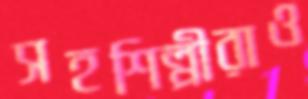
সহশিল্পীরাও